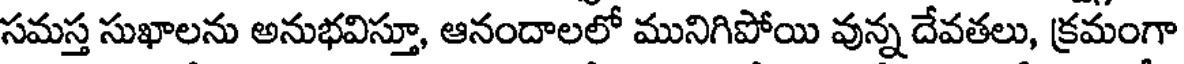
సమస్త సుఖాలను అనుభవిస్తూ, ఆనందాలలో మునిగిపోయి వున్న దేవతలు, క్రమంగా